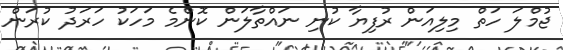
ޖުމްލަ ހަތް މިލިއަން ރުފިޔާ ކުނި ނައްތާލަން ކޮންމެ މަހަކު ހަރަދު ކުރަން